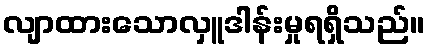
လျာထားသောလှူဒါန်းမှုရရှိသည်။